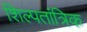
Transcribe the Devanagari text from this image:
शिल्पतांत्रिक